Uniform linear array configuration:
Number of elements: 12
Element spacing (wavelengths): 1
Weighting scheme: blackman
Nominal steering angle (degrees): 30
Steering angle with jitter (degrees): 30.304
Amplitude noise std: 0.05
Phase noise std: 0.05

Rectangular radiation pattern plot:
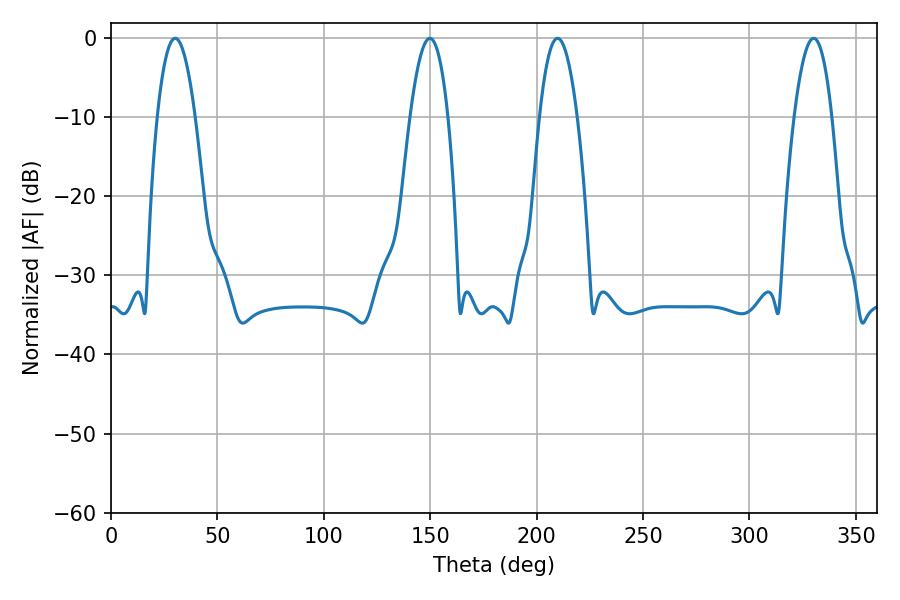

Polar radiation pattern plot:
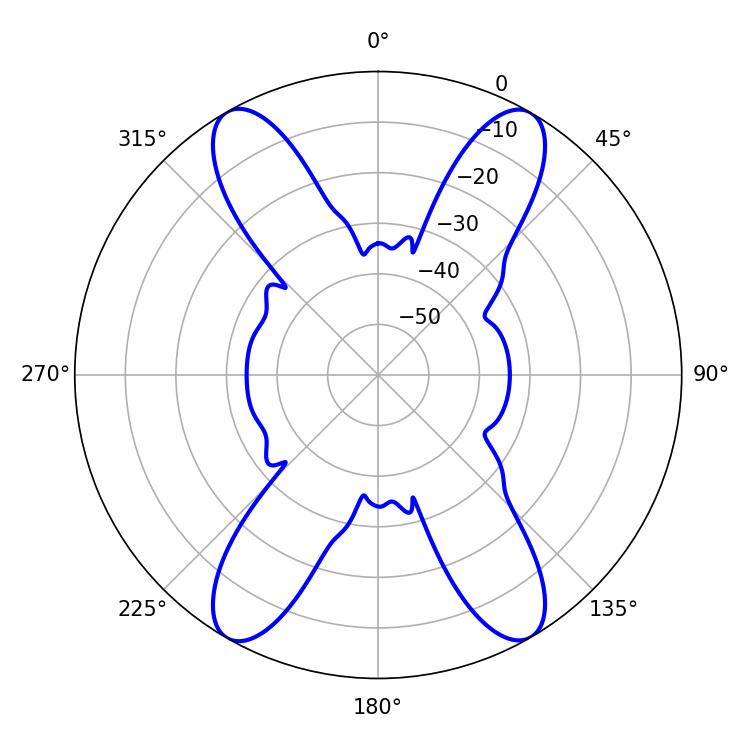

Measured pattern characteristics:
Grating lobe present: TRUE
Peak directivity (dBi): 27.693
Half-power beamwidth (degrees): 9.9
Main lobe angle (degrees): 209.88